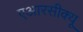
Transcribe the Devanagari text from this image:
एआरसीक्यू